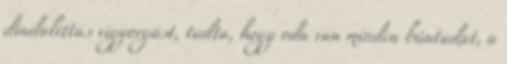
diadalittas vigyorgást, tudta, hogy oda van minden bűntudat, a